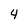
Character: 4